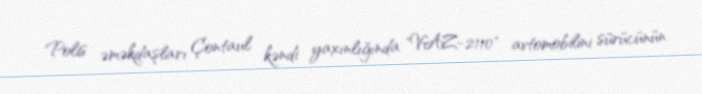
Polis əməkdaşları Çontaul kəndi yaxınlığında "VAZ-2110" avtomobilini sürücünün